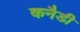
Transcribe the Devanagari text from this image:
कनैडी